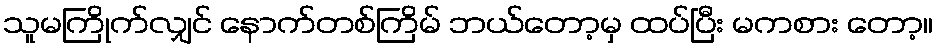
သူမကြိုက်လျှင် နောက်တစ်ကြိမ် ဘယ်တော့မှ ထပ်ပြီး မကစား တော့။